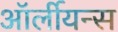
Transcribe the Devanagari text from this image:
ऑर्लीयन्स